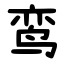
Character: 鸾